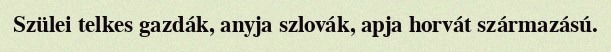
Szülei telkes gazdák, anyja szlovák, apja horvát származású.